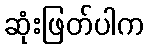
ဆုံးဖြတ်ပါက